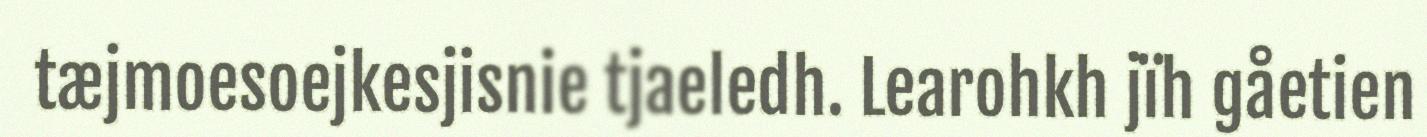
tæjmoesoejkesjisnie tjaeledh. Learohkh jïh gåetien